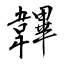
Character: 韠